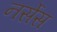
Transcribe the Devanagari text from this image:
नर्सेस